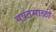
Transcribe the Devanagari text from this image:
यवतमाळी